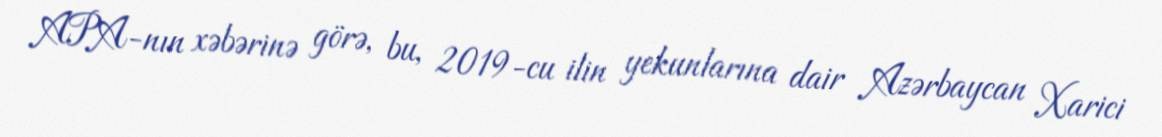
APA-nın xəbərinə görə, bu, 2019-cu ilin yekunlarına dair Azərbaycan Xarici